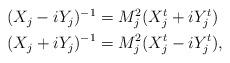
LaTeX: \begin{align*} \begin{aligned}(X_j - i Y_j)^{-1} &= M_j^2 (X_j^t + i Y_j^t) \\(X_j + i Y_j)^{-1} &= M_j^2 (X_j^t - i Y_j^t),\end{aligned}\end{align*}